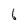
Character: 6